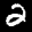
Label: 2